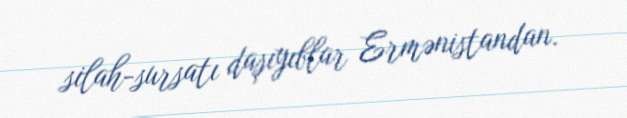
silah-sursatı daşıyıblar Ermənistandan.